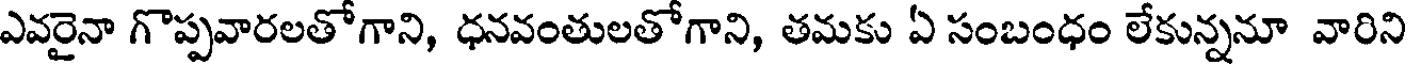
ఎవరైనా గొప్పవారలతోగాని, ధనవంతులతోగాని, తమకు ఏ సంబంధం లేకున్ననూ వారిని